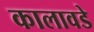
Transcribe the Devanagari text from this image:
कालावडे